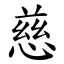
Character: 慈